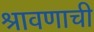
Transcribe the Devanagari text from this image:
श्रावणाची